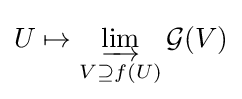
U\mapsto \varinjlim _{V\supseteq f(U)}{\mathcal {G}}(V)